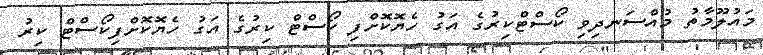
މައުލޫމާތު މުއްސަނދިވި ކޯސްޓްކިރުގެ އަގު ހެޔޮކޮށްފި ކޯސްޓް ކިރުގެ އަގު ހެޔޮކޮށްފިކޯސްޓް ކިރު